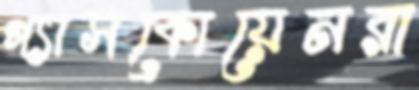
গ্যাসকোয়েনরা